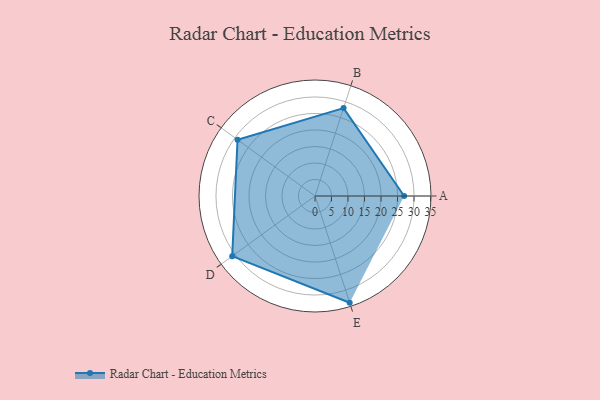
{"axis": {"x": "Skill", "y": "Score"}, "legend": ["Profile"], "data": [{"x": "A", "y": 27.0, "type": "Profile"}, {"x": "B", "y": 28.0, "type": "Profile"}, {"x": "C", "y": 29.0, "type": "Profile"}, {"x": "D", "y": 31.0, "type": "Profile"}, {"x": "E", "y": 34.0, "type": "Profile"}]}